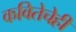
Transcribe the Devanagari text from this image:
कवितेचेही